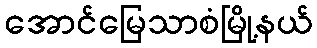
အောင်မြေသာစံမြို့နယ်